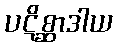
ပဋိစ္ဆာဒါယ